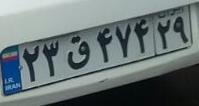
۲۳ق۴۷۴۲۹